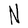
Character: N